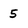
Character: 5